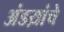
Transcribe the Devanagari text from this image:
अंडय़ांचे